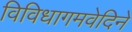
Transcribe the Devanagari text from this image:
विविधागमवेदिने